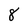
Character: 8